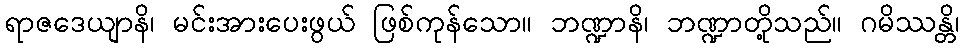
ရာဇဒေယျာနိ၊ မင်းအားပေးဖွယ် ဖြစ်ကုန်သော။ ဘဏ္ဍာနိ၊ ဘဏ္ဍာတို့သည်။ ဂမိဿန္တိ၊